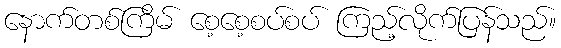
နောက်တစ်ကြိမ် စေ့စေ့စပ်စပ် ကြည့်လိုက်ပြန်သည်။